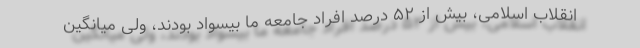
انقلاب اسلامی، بیش از ۵۲ درصد افراد جامعه ما بیسواد بودند، ولی میانگین